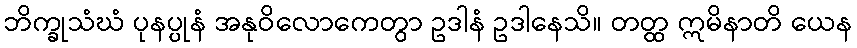
ဘိက္ခုသံဃံ ပုနပ္ပုနံ အနုဝိလောကေတွာ ဥဒါနံ ဥဒါနေသိ။ တတ္ထ ဣမိနာတိ ယေန